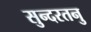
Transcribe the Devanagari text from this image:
सुन्दरतनु